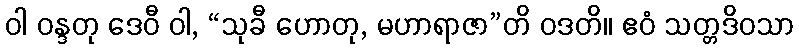
ဝါ ဝန္ဒတု ဒေဝီ ဝါ, “သုခီ ဟောတု, မဟာရာဇာ”တိ ဝဒတိ။ ဧဝံ သတ္တဒိဝသာ